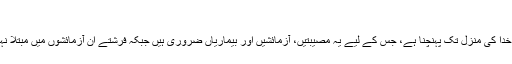
(2)
لہذا انسان نے صراط مستقیم پر سفر کرتے ہوئے اپنے اختیار کے ساتھ قرب خدا کی منزل تک پہنچنا ہے، جس کے لیے یہ مصیبتیں، آزمائشیں اور بیماریاں ضروری ہیں جبکہ فرشتے ان آزمائشوں میں مبتلا نہیں ہیں، یہی وجہ ہے کہ وہ انسان کے حقیقی مقام تک کبھی نہیں پہنچ سکتے۔